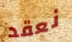
نعقد